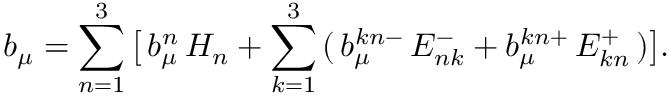
b _ { \mu } = \sum _ { n = 1 } ^ { 3 } \, \bigl [ \, b _ { \mu } ^ { n } \, H _ { n } + \sum _ { k = 1 } ^ { 3 } \, ( \, b _ { \mu } ^ { k n - } \, E _ { n k } ^ { - } + b _ { \mu } ^ { k n + } \, E _ { k n } ^ { + } \, ) \bigr ] .